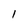
Character: 1